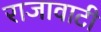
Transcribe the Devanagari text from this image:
राजावाटी